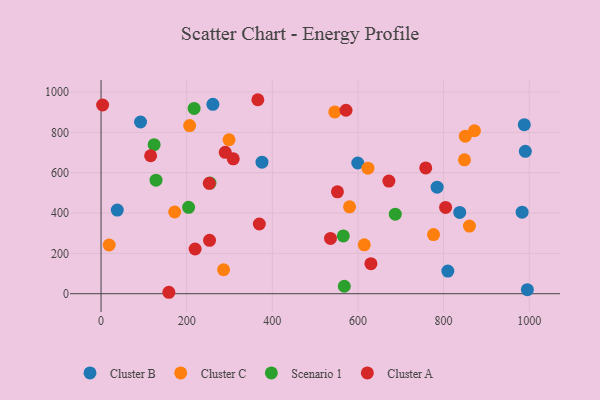
{"axis": {"x": "Investment", "y": "Profit"}, "legend": ["Cluster A", "Cluster B", "Cluster C", "Scenario 1"], "data": [{"x": "837.7", "y": 402.9, "type": "Cluster B"}, {"x": "375.9", "y": 652.5, "type": "Cluster B"}, {"x": "261.2", "y": 939.0, "type": "Cluster B"}, {"x": "990.9", "y": 705.9, "type": "Cluster B"}, {"x": "983.4", "y": 404.4, "type": "Cluster B"}, {"x": "599.6", "y": 648.1, "type": "Cluster B"}, {"x": "92.2", "y": 851.5, "type": "Cluster B"}, {"x": "784.9", "y": 528.1, "type": "Cluster B"}, {"x": "988.5", "y": 838.1, "type": "Cluster B"}, {"x": "809.9", "y": 112.3, "type": "Cluster B"}, {"x": "37.9", "y": 414.7, "type": "Cluster B"}, {"x": "995.7", "y": 20.1, "type": "Cluster B"}, {"x": "298.9", "y": 763.5, "type": "Cluster C"}, {"x": "776.5", "y": 293.1, "type": "Cluster C"}, {"x": "848.8", "y": 664.0, "type": "Cluster C"}, {"x": "580.4", "y": 430.7, "type": "Cluster C"}, {"x": "19.0", "y": 241.6, "type": "Cluster C"}, {"x": "614.8", "y": 242.2, "type": "Cluster C"}, {"x": "872.1", "y": 808.2, "type": "Cluster C"}, {"x": "206.9", "y": 833.6, "type": "Cluster C"}, {"x": "850.7", "y": 781.0, "type": "Cluster C"}, {"x": "172.0", "y": 405.1, "type": "Cluster C"}, {"x": "286.2", "y": 118.9, "type": "Cluster C"}, {"x": "623.3", "y": 622.3, "type": "Cluster C"}, {"x": "860.4", "y": 335.5, "type": "Cluster C"}, {"x": "545.8", "y": 901.5, "type": "Cluster C"}, {"x": "128.4", "y": 563.2, "type": "Scenario 1"}, {"x": "687.2", "y": 394.2, "type": "Scenario 1"}, {"x": "217.4", "y": 919.0, "type": "Scenario 1"}, {"x": "124.0", "y": 739.2, "type": "Scenario 1"}, {"x": "565.8", "y": 286.4, "type": "Scenario 1"}, {"x": "204.5", "y": 428.5, "type": "Scenario 1"}, {"x": "254.5", "y": 548.8, "type": "Scenario 1"}, {"x": "568.1", "y": 36.9, "type": "Scenario 1"}, {"x": "572.1", "y": 909.7, "type": "Cluster A"}, {"x": "252.8", "y": 547.5, "type": "Cluster A"}, {"x": "158.4", "y": 7.1, "type": "Cluster A"}, {"x": "308.8", "y": 668.8, "type": "Cluster A"}, {"x": "3.7", "y": 935.8, "type": "Cluster A"}, {"x": "630.3", "y": 149.1, "type": "Cluster A"}, {"x": "552.1", "y": 505.4, "type": "Cluster A"}, {"x": "115.8", "y": 684.2, "type": "Cluster A"}, {"x": "535.9", "y": 274.3, "type": "Cluster A"}, {"x": "290.1", "y": 701.2, "type": "Cluster A"}, {"x": "758.3", "y": 624.0, "type": "Cluster A"}, {"x": "672.2", "y": 558.6, "type": "Cluster A"}, {"x": "253.4", "y": 264.7, "type": "Cluster A"}, {"x": "219.7", "y": 221.8, "type": "Cluster A"}, {"x": "804.7", "y": 428.1, "type": "Cluster A"}, {"x": "366.2", "y": 962.0, "type": "Cluster A"}, {"x": "369.7", "y": 345.6, "type": "Cluster A"}]}